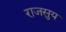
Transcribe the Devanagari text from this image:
राजसुय